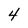
Character: 4